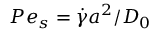
P e _ { s } = \dot { \gamma } a ^ { 2 } / D _ { 0 }